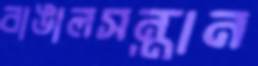
বাঙালসন্তান